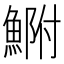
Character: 𩷺